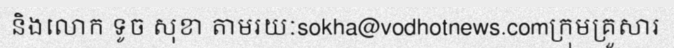
និងលោក ទូច សុខា តាមរយៈsokha@vodhotnews.comក្រុមគ្រួសារ